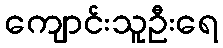
ကျောင်းသူဦးရေ